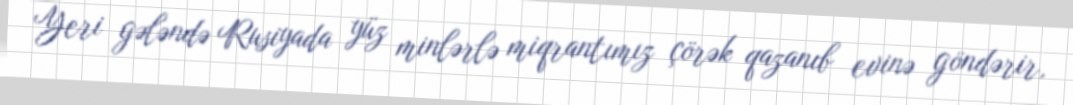
Yeri gələndə Rusiyada yüz minlərlə miqrantımız çörək qazanıb evinə göndərir,